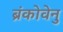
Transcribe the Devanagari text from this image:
ब्रंकोवेनु